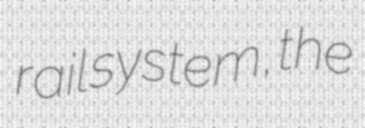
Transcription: rail system, the